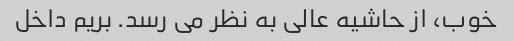
خوب، از حاشیه عالی به نظر می رسد. بریم داخل